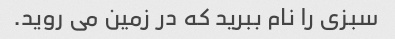
سبزی را نام ببرید که در زمین می روید.